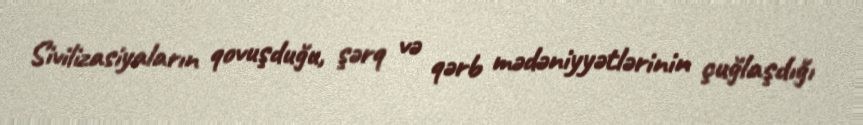
Sivilizasiyaların qovuşduğu, şərq və qərb mədəniyyətlərinin çuğlaşdığı